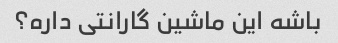
باشه این ماشین گارانتی داره؟